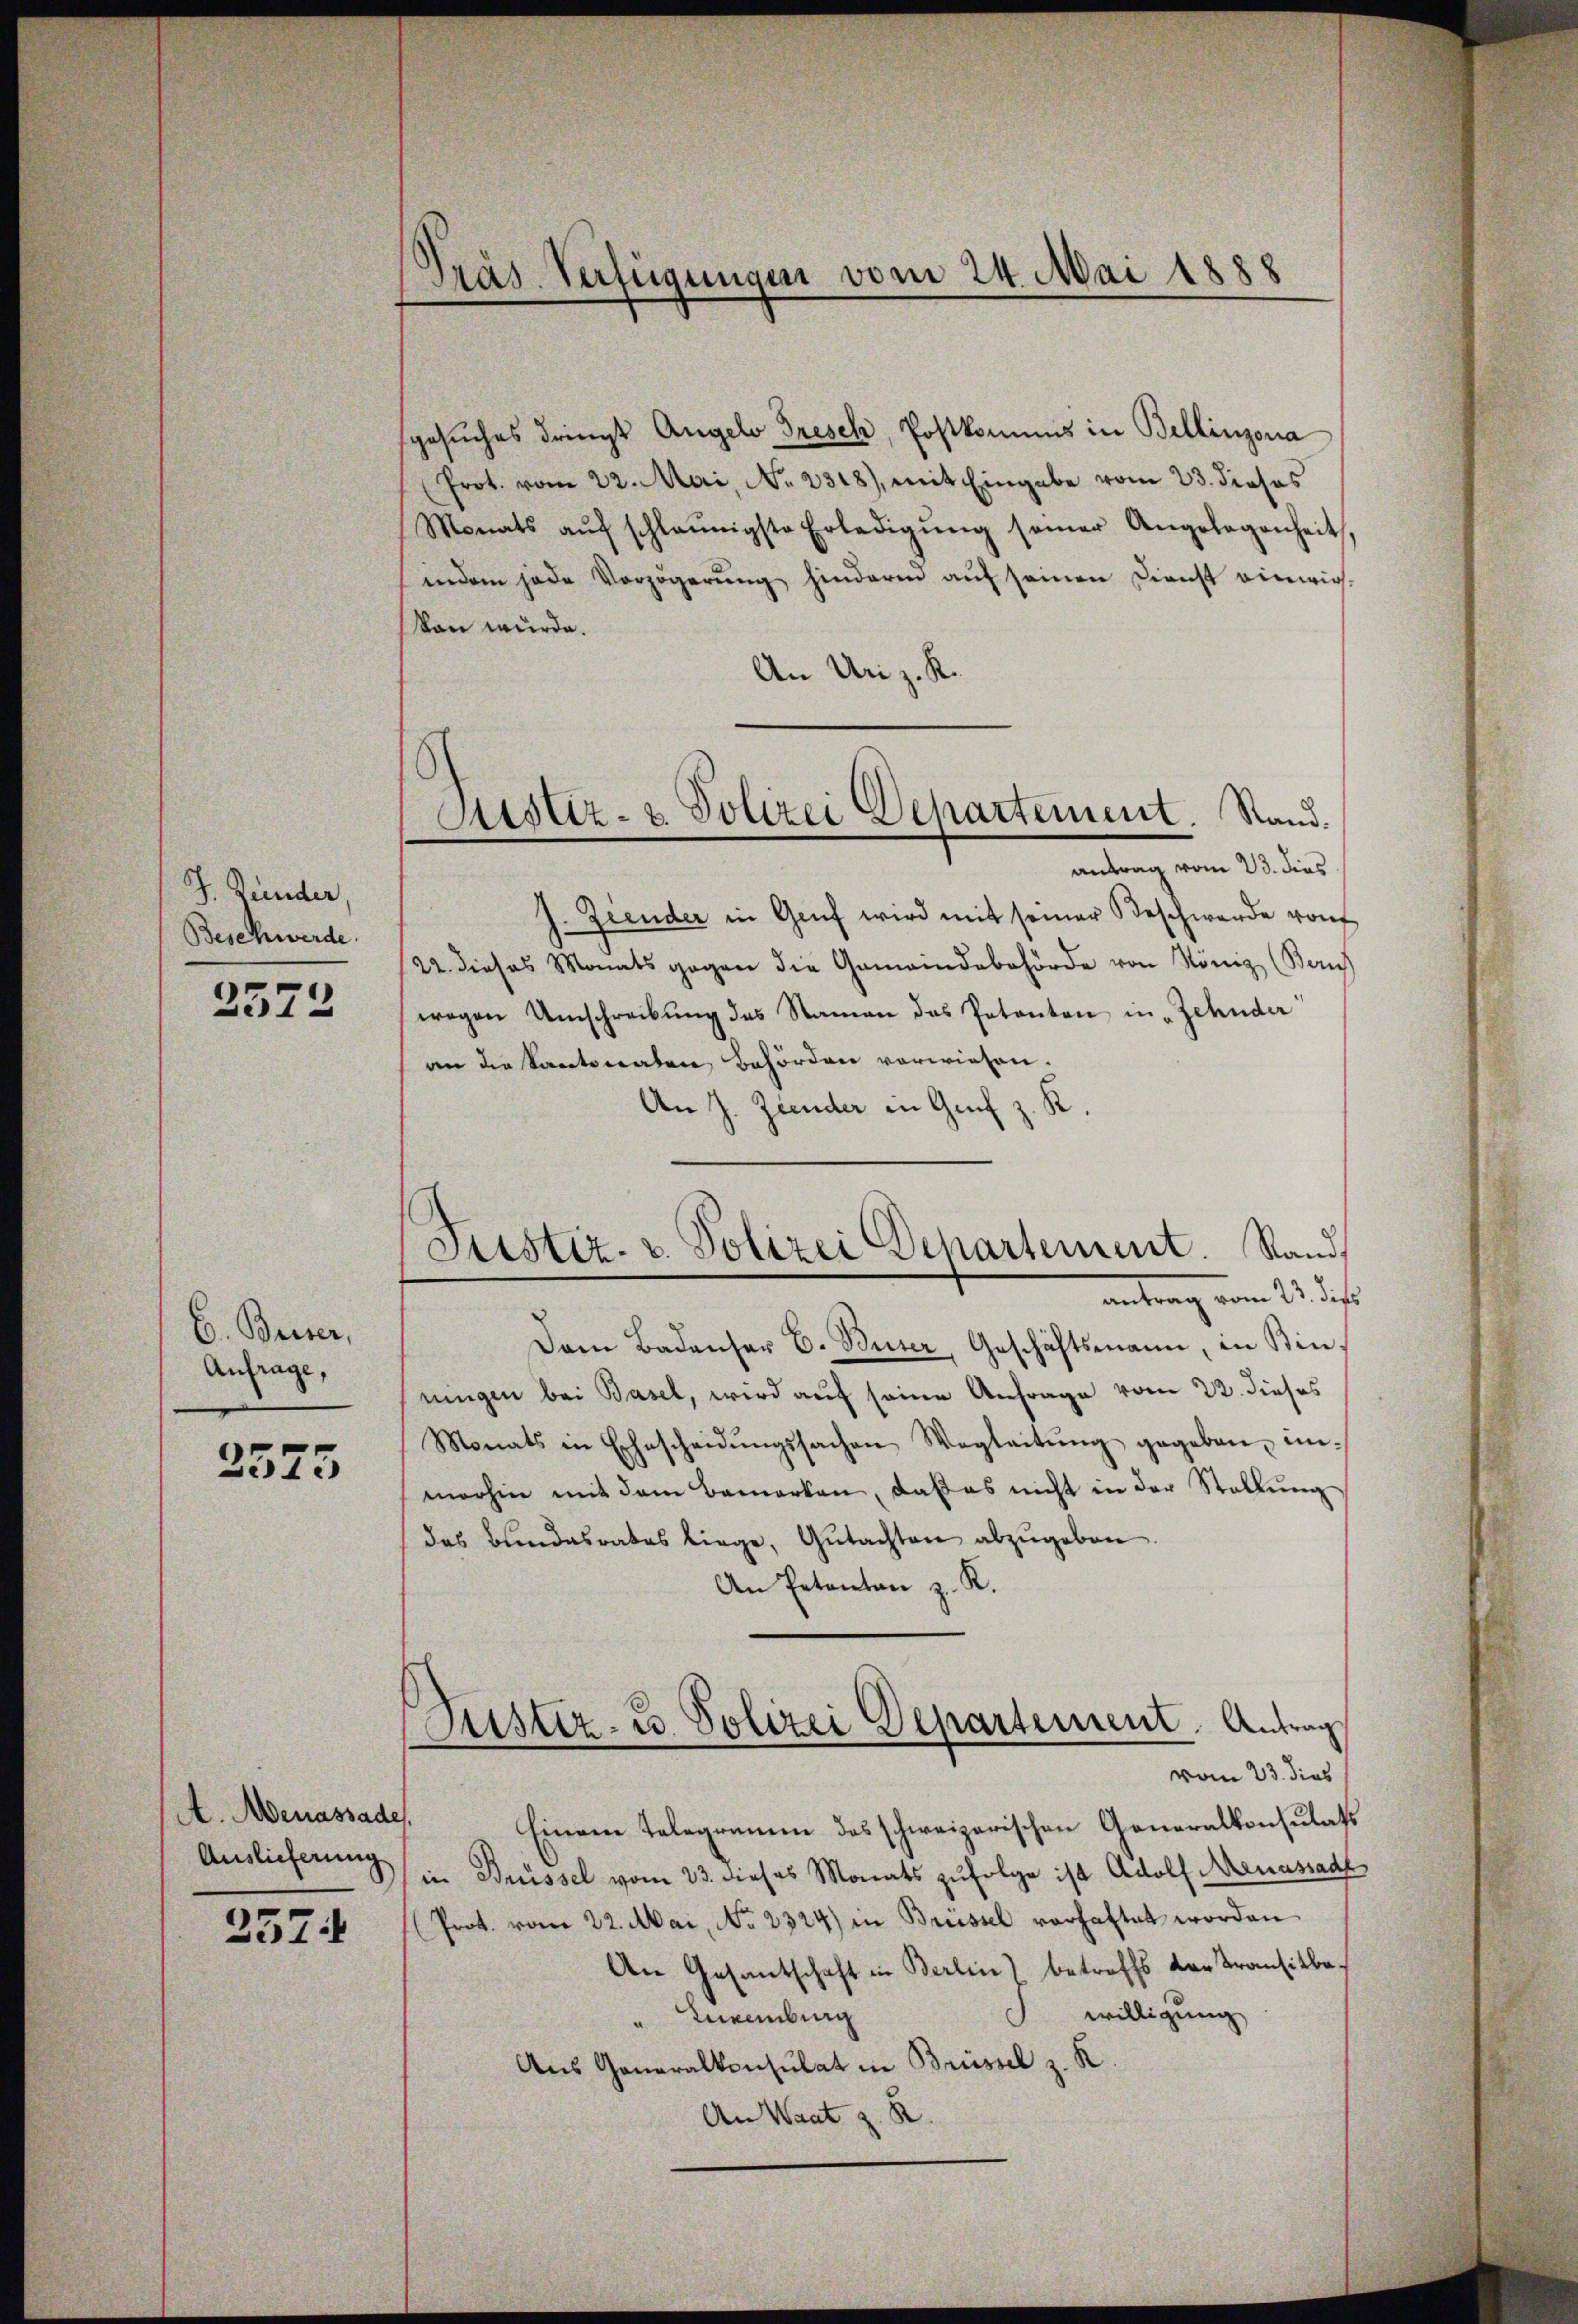
J. Bunder,
Beschwerde.

2572

E. Beiser,
Anfrage,

2575

A. Menassade.
Auslieferung

3574

Präs. Verfügungen vom 24. Mai 1888

gesŭches dringt Angelo Tresch, Postkommis in Bellinzona
(Prot. vom 22. Mai, No. 2318), mit Eingabe vom 23. dieses
Monats aŭf schleunigste Erledigŭng seiner Angelegenheit
indem jede Verzögerung hindernd auf seinen Dienst einwir-
kan wurde.
An Uriz. K.
antrag vom 23. dies
h. Zeender in Genf wird mit seiner Beschwerde von
22. dieses Monats gegen die Gemeindebehörde von König (Beruf
wegen Umschreibung des Namen das Patenten in Zehnder
an die Kantonaten Behörden vorwiesen.
An J. Ziender in Genf z. K.
Dam Badenser C. Buser, Geschäftsmann, in Binrungen bei Basel, wird auf seine Anfrage vom 22. dieses
Monats in Ehescheidŭngssachen Wegleitŭng gegeben, in-
morhin mit dem Bemerken, daß es nicht in der Stellung
das Bundesrates liege, Gŭtachten abzŭgeben.
An Petentan z. K.
Puster- u. Polizei Departement. Antrag
vom 23. dies
Einem Telegramm des schweizerischen Generalkonsulats
in Brüssel vom 23. dieses Monats zufolge ist Adolf Menassade
Prot. vom 22. Mai, No. 2324) in Brüssel verhaftet worden
An Gesantschaft in Berlin) betreffs der Transitbewilligung
"Luxenburg
Aus Generalkonsulat in Brüssel z. R.
An Waat z. B.

Justiz- & Polizei Departement. Stand.

Justiz- u. Polizei Departement. Sand
antrag vom 13. das